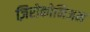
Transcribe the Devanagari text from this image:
ज़िरोकोनिअम